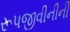
રૂપજીવીનીની